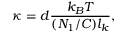
\kappa = d \frac { k _ { B } T } { ( N _ { 1 } / C ) l _ { k } } ,